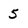
Character: 5